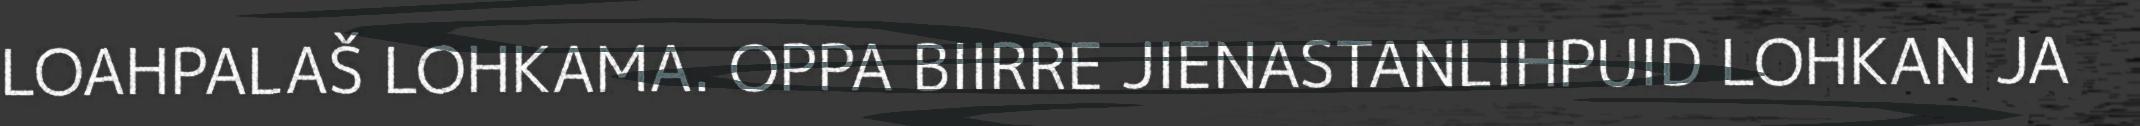
LOAHPALAŠ LOHKAMA. OPPA BIIRRE JIENASTANLIHPUID LOHKAN JA